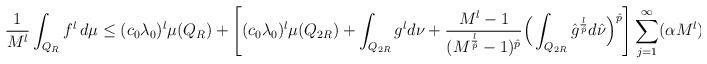
LaTeX: \begin{align*} \frac{1}{M^l}\int_{Q_R} f^l \, d\mu&\leq (c_0 \lambda_0 ) ^l \mu (Q_R)+ \Bigg[ (c_0 \lambda_0)^l \mu(Q_{2 R}) + \int_{Q_{2R}}g^l d\nu +\frac{M^l-1}{(M^{\frac{l}{\hat p}} -1)^{\hat p}} \Big(\int_{Q_{2R}}\hat g^{\frac{l}{\hat p}} d\hat \nu \Big)^{\hat p}\Bigg] \sum_{j=1}^\infty (\alpha M^l )^j, \end{align*}